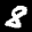
Label: 8